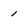
Character: 1